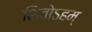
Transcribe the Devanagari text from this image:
शिवोऽहम्